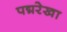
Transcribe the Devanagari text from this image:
पद्मरेखा